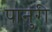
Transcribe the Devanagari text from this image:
पानुरी